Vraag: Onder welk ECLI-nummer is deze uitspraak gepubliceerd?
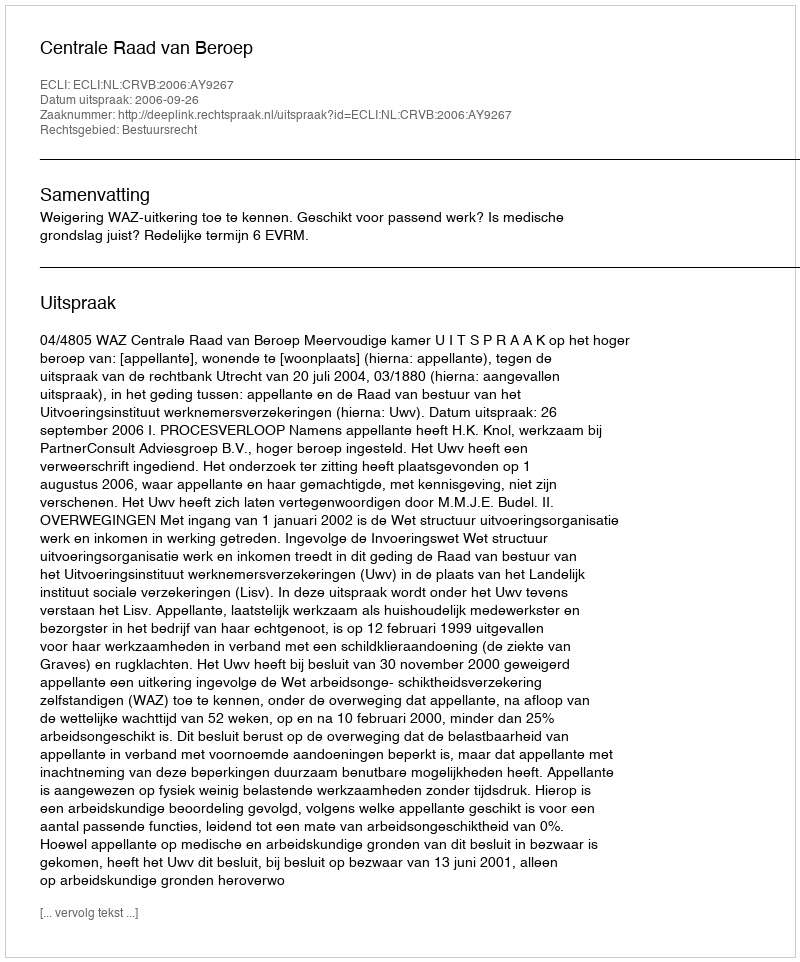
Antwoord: ECLI:NL:CRVB:2006:AY9267